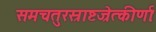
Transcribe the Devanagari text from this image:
समचतुरस्राष्टज्रेत्कीर्णाः